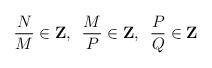
LaTeX: \begin{align*}{N \over M} \in {\bf Z},\,\,\,{M \over P} \in {\bf Z},\,\,\,{P \over Q} \in {\bf Z}\end{align*}